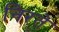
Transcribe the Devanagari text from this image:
निरते